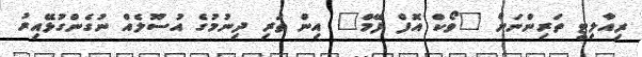
ރިއާލިޓީ ތަރިންނަށް "ވޯކް އޮފް ފޭމް" އިން ތަރި ދިނުމުގެ އުސޫލެއް ނުގެންގުޅޭއިރު